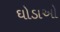
ઘોડાઓ